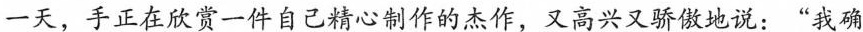
一天，手正在欣赏一件自己精心制作的杰作，又高兴又骄傲地说：”我确